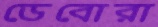
ডেবোরা